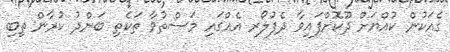
ގެއަކުން ކުއްޔަށް ދޫކޮށްފައިވާ ދެފުލޯރ އެއްގައި މަސްތުވާ ތަކެތި ބަންދު ކުރާން ތިބި